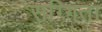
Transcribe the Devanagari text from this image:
सग्गिता